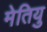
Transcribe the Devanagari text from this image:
मेतियु